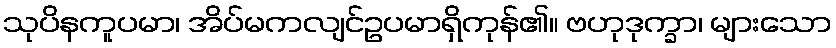
သုပိနကူပမာ၊ အိပ်မကလျင်ဥပမာရှိကုန်၏။ ဗဟုဒုက္ခာ၊ များသော